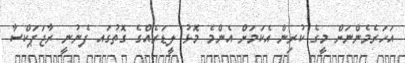
އަހަރެމެންނަށް މީގެ ކުރިން އެކަމަށް އެންމެ މޮޅު ލީޑަރެއްގެ ގޮތުގައ ފެނުނީ ރާޖަޕަކްސާ